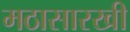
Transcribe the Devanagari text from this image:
मठासारखी